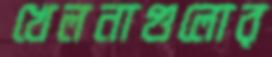
খেলনাগুলোর